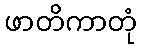
ဖာတိကာတုံ